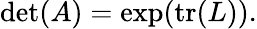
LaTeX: \operatorname*{det}(A)=\exp(\operatorname{tr}(L)).